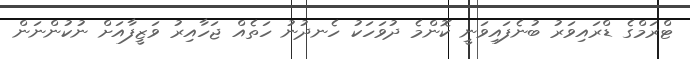
ޓްރަމްގެ ޑްރައިވަރު ބުނެފައިވަނީ ކޮންމެ ދުވަހަކު ހެނދުނު ހަތެއް ޖަހާއިރު ވަޒީފާއަށް ނުކުންނަން